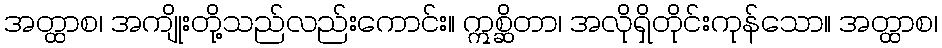
အတ္ထာစ၊ အကျိုးတို့သည်လည်းကောင်း။ ဣစ္ဆိတာ၊ အလိုရှိတိုင်းကုန်သော။ အတ္ထာစ၊